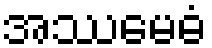
အဿမေဓံ